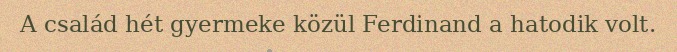
A család hét gyermeke közül Ferdinand a hatodik volt.